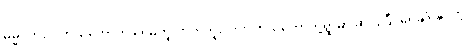
ဓမ္မဂုတ်။ ။ ကိုယ်တော်က ရေမကူးတတ်ဘူးလား၊ ကိုယ်တော်တို့ရွာမှာ ဆင်းပြီး ရေချိုးနိုင်တဲ့